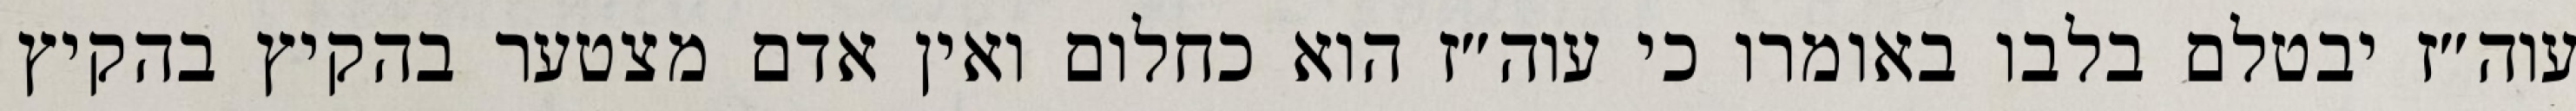
עוה״ז יבטלם בלבו באומרו כי עוה״ז הוא כחלום ואין אדם מצטער בהקיץ בהקיץ